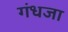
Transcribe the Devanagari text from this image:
गंधजा